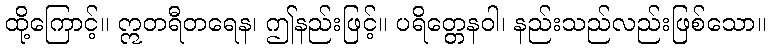
ထို့ကြောင့်။ ဣတရီတရေန၊ ဤနည်းဖြင့်။ ပရိတ္တေနဝါ၊ နည်းသည်လည်းဖြစ်သော။